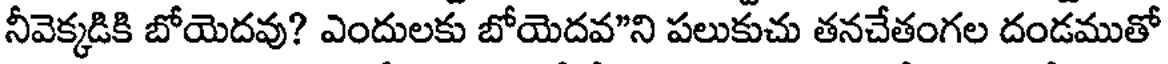
నీవెక్కడికి బోయెదవు? ఎందులకు బోయెదవ"ని పలుకుచు తనచేతంగల దండముతో